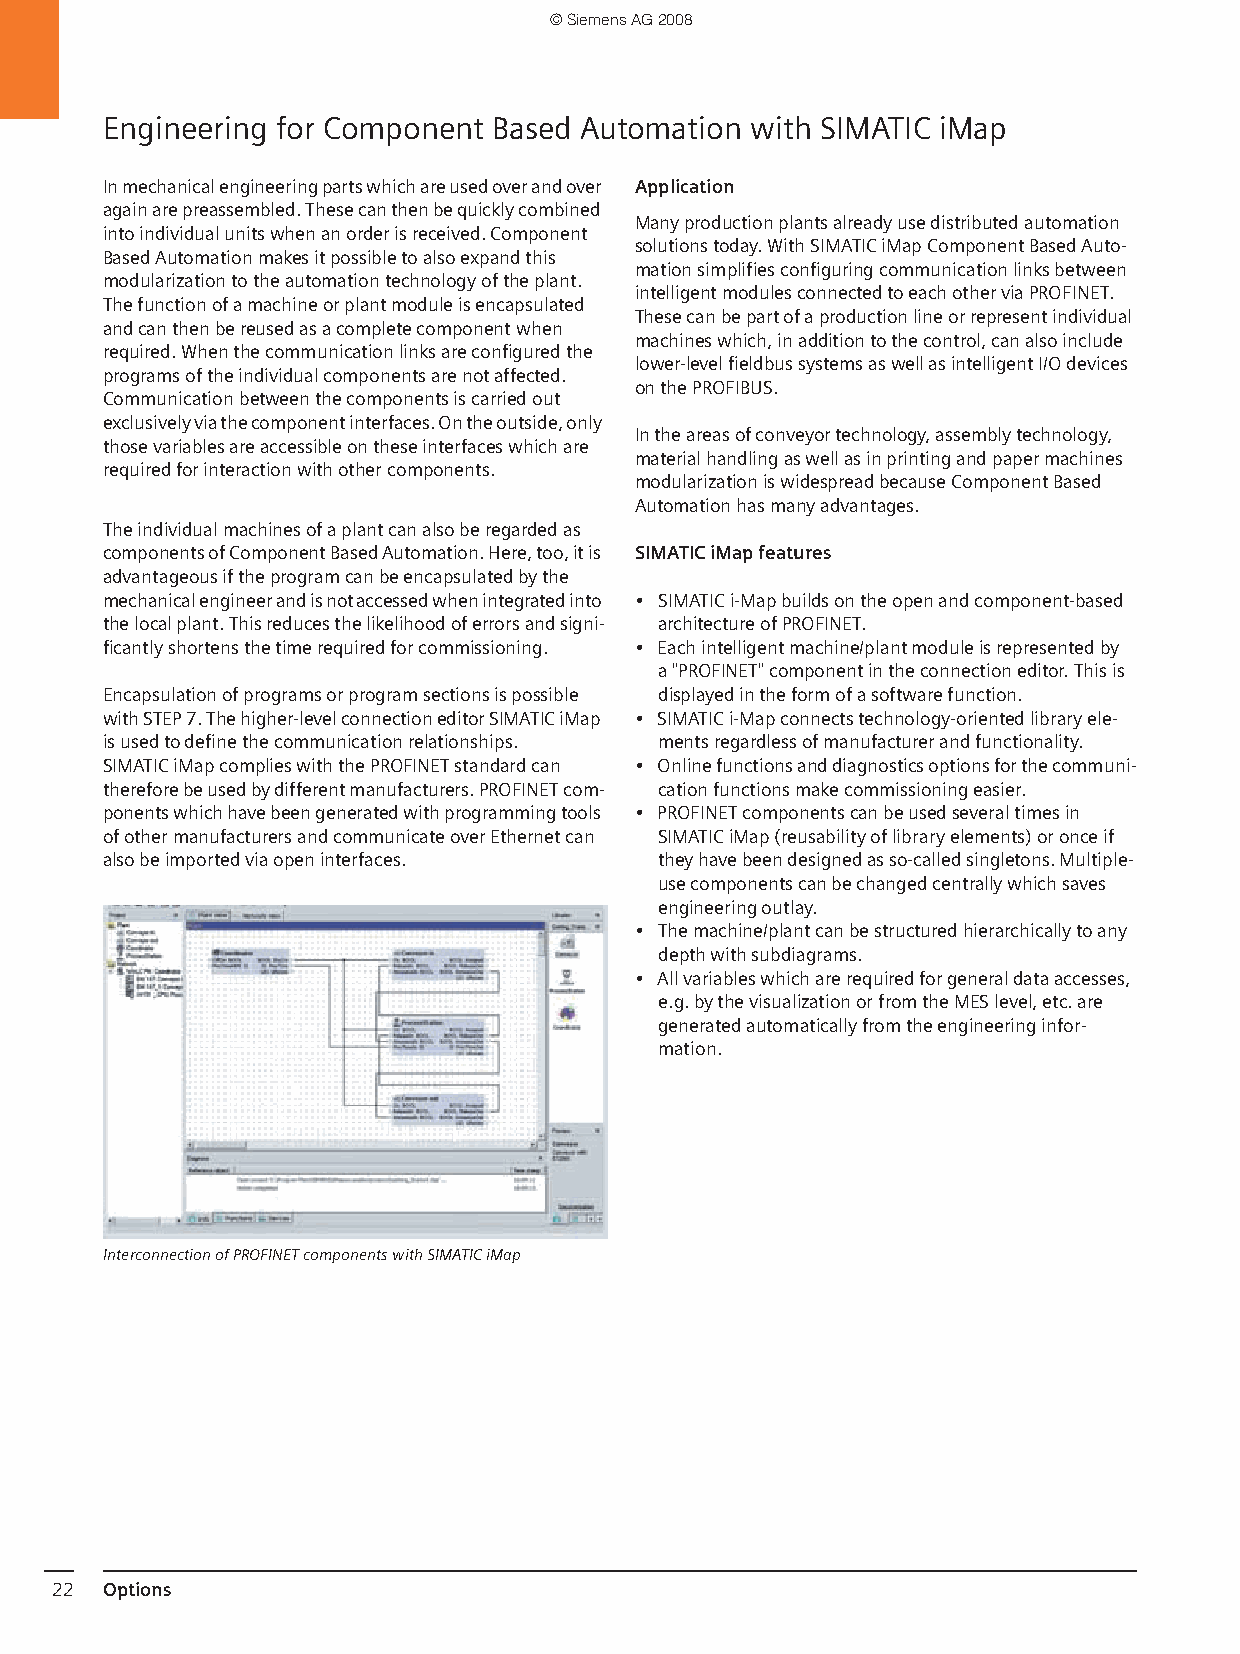
© Siemens AG 2008
 Engineering for Component Based Automation with SIMATIC iMap
 In mechanical engineering parts which are used over and over Application
 again are preassembled. These can then be quickly combined
 Many production plants already use distributed automation
 into individual units when an order is received. Component
 solutions today. With SIMATIC iMap Component Based Auto-
 Based Automation makes it possible to also expand this
 mation simplifies configuring communication links between
 modularization to the automation technology of the plant.
 intelligent modules connected to each other via PROFINET.
 The function of a machine or plant module is encapsulated
 These can be part of a production line or represent individual
 and can then be reused as a complete component when
 machines which, in addition to the control, can also include
 required. When the communication links are configured the
 lower-level fieldbus systems as well as intelligent I/O devices
 programs of the individual components are not affected.
 on the PROFIBUS.
 Communication between the components is carried out
 exclusively via the component interfaces. On the outside, only
 In the areas of conveyor technology, assembly technology,
 those variables are accessible on these interfaces which are
 material handling as well as in printing and paper machines
 required for interaction with other components.
 modularization is widespread because Component Based
 Automation has many advantages.
 The individual machines of a plant can also be regarded as
 components of Component Based Automation. Here, too, it is SIMATIC iMap features
 advantageous if the program can be encapsulated by the
 mechanical engineer and is not accessed when integrated into • SIMATIC i-Map builds on the open and component-based
 the local plant. This reduces the likelihood of errors and signi- architecture of PROFINET.
 ficantly shortens the time required for commissioning. • Each intelligent machine/plant module is represented by
 a"PROFINET" component in the connection editor. This is
 Encapsulation of programs or program sections is possible displayed in the form of a software function.
 with STEP 7. The higher-level connection editor SIMATIC iMap • SIMATIC i-Map connects technology-oriented library ele-
 is used to define the communication relationships. ments regardless of manufacturer and functionality.
 SIMATIC iMap complies with the PROFINET standard can • Online functions and diagnostics options for the communi-
 therefore be used by different manufacturers. PROFINET com- cation functions make commissioning easier.
 ponents which have been generated with programming tools • PROFINET components can be used several times in
 of other manufacturers and communicate over Ethernet can SIMATIC iMap (reusability of library elements) or once if
 also be imported via open interfaces. they have been designed as so-called singletons. Multiple-
 use components can be changed centrally which saves
 engineering outlay.
 • The machine/plant can be structured hierarchically to any
 depth with subdiagrams.
 • All variables which are required for general data accesses,
 e.g. by the visualization or from the MES level, etc. are
 generated automatically from the engineering infor-
 mation.
 Interconnection of PROFINET components with SIMATIC iMap
 22  Options